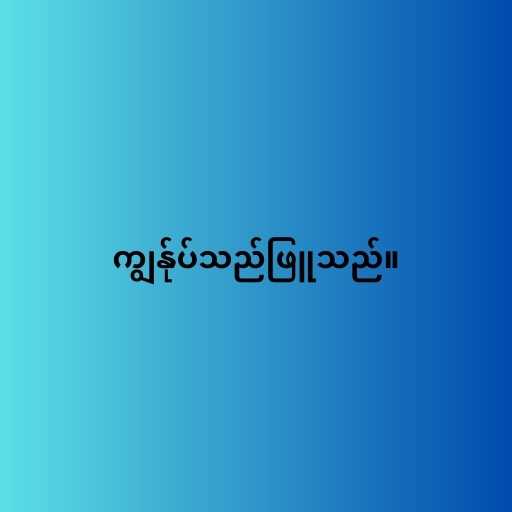
ကျွန်ုပ်သည်ဖြူသည်။